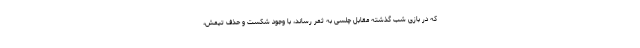
که در بازی شب گذشته مقابل چلسی به ثمر رساند، با وجود شکست و حذف تیمش،